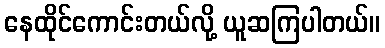
နေထိုင်ကောင်းတယ်လို့ ယူဆကြပါတယ်။